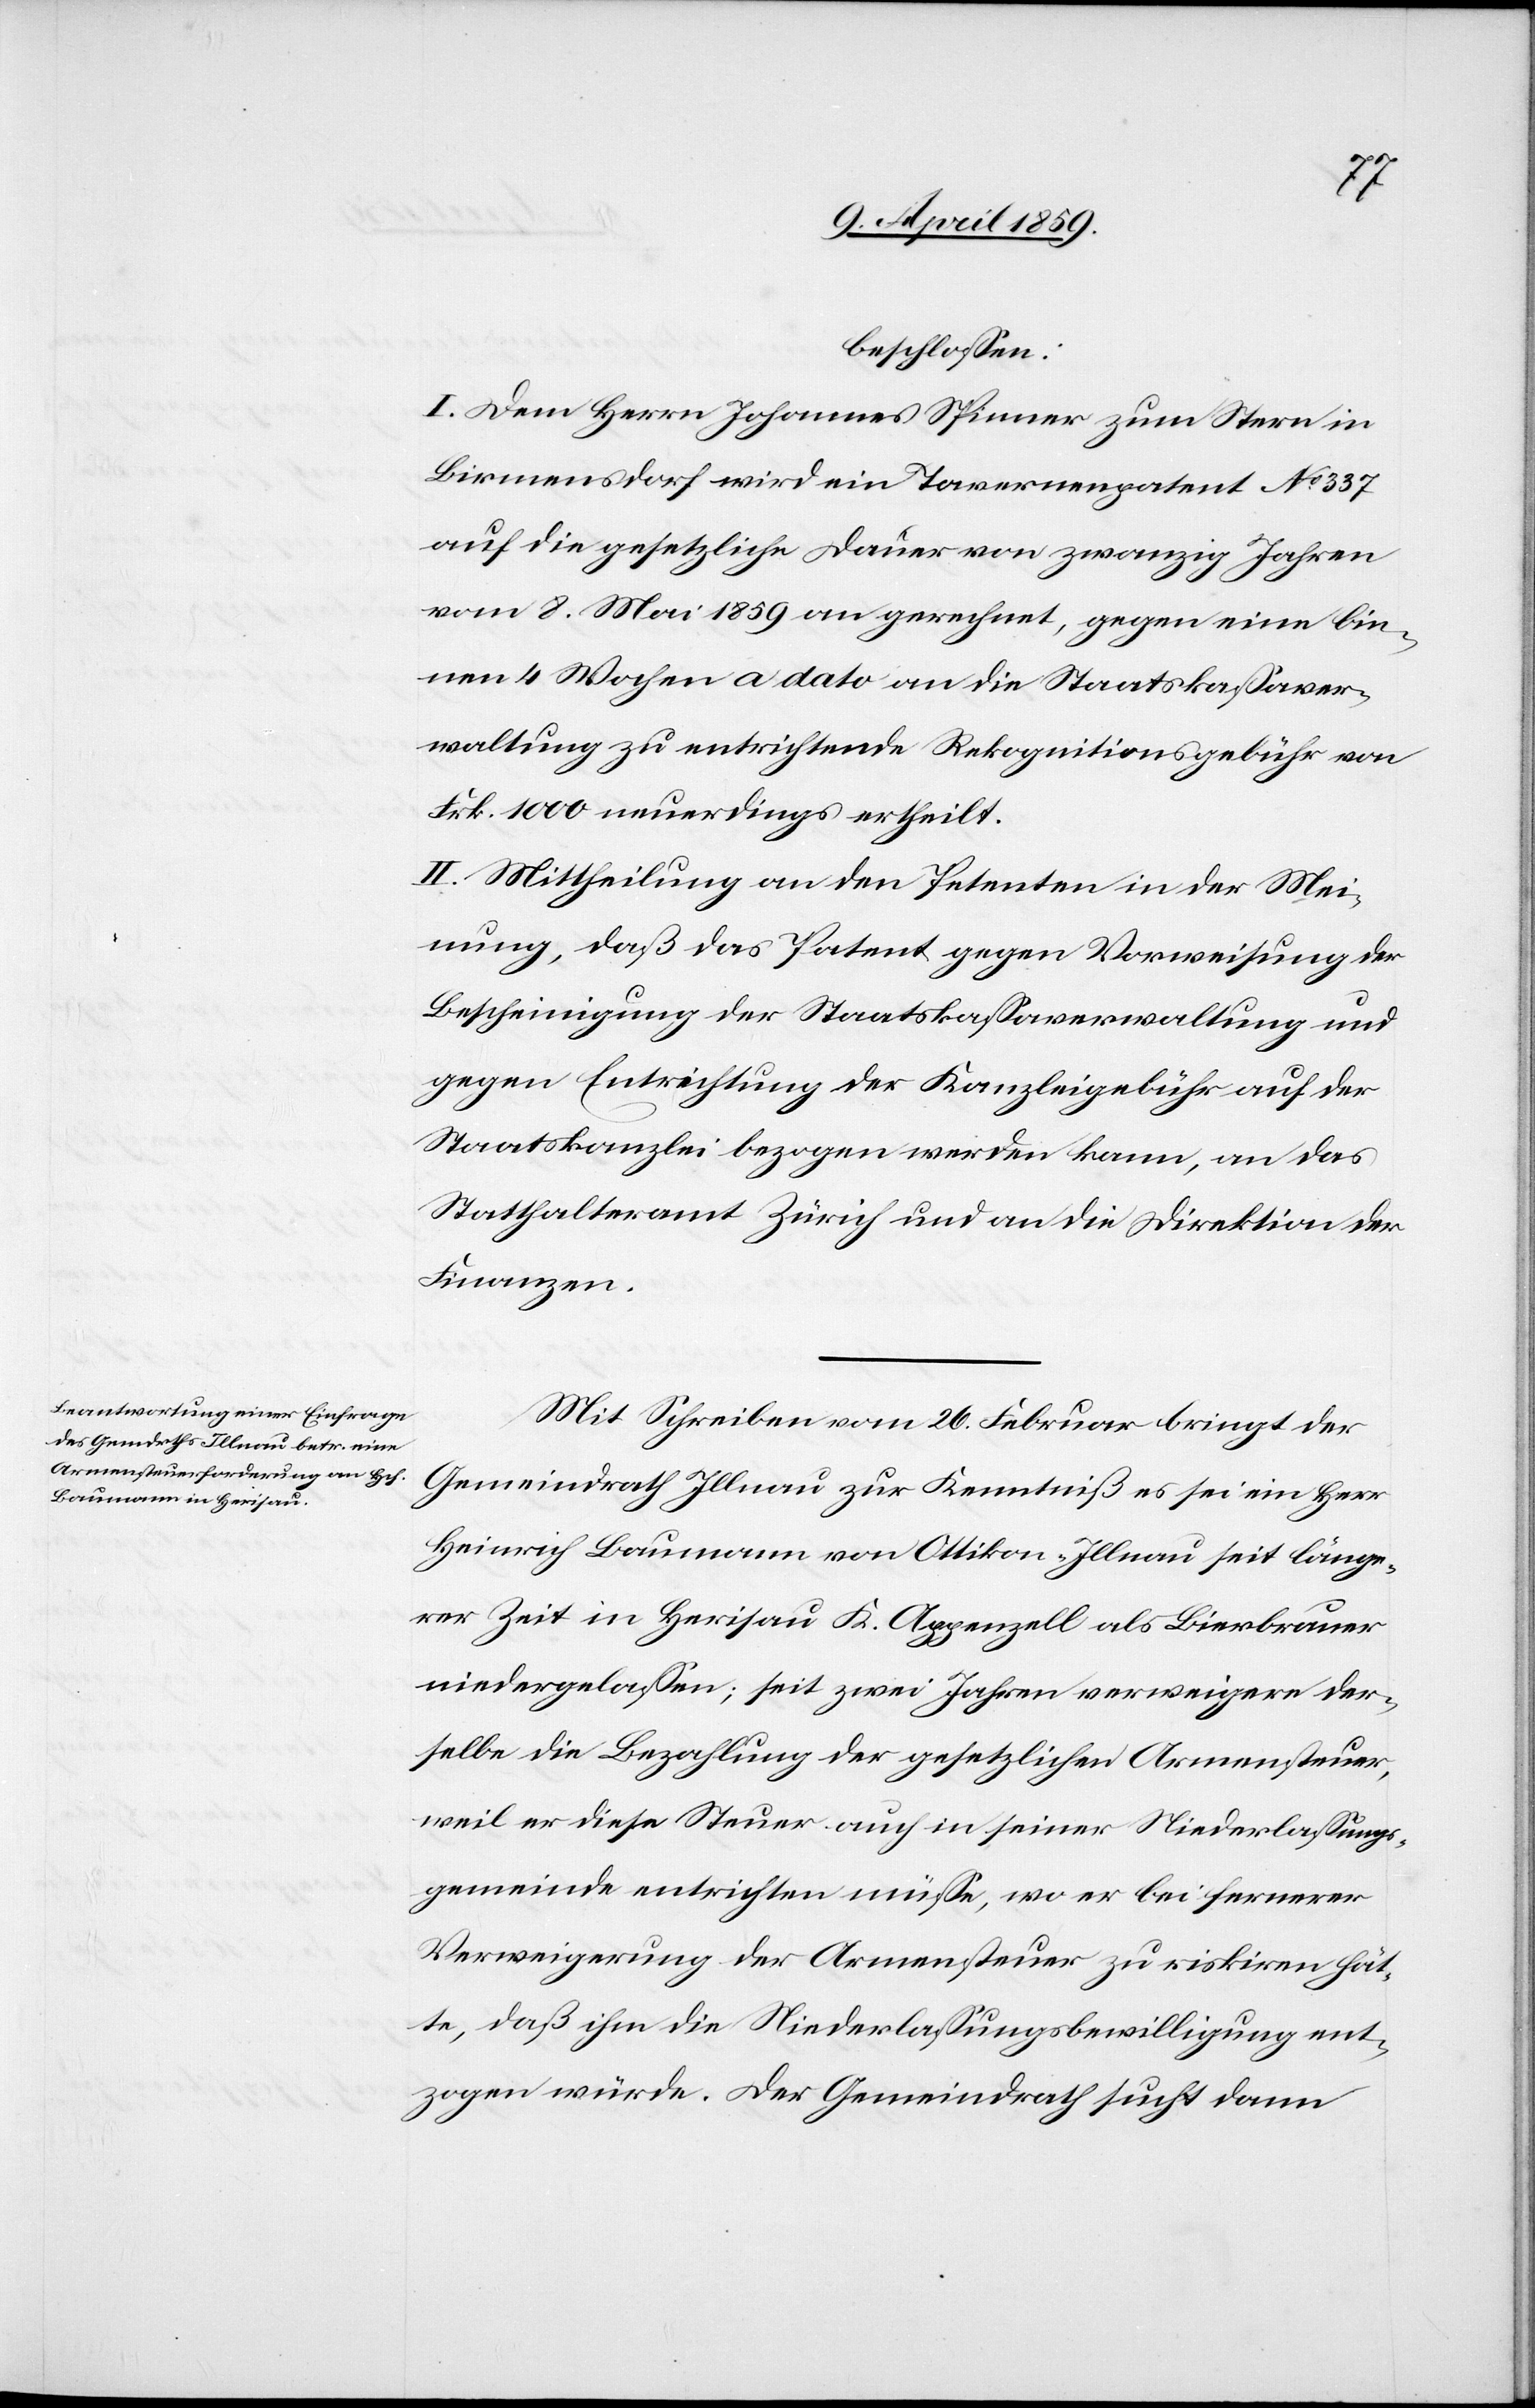
beschloßen:
I. Dem Herrn Johannes Spinner zum Stern in
Birmensdorf wird ein Tavernenpatent No 337
auf die gesetzliche Dauer von zwanzig Jahren
vom 8. Mai 1859 an gerechnet, gegen eine bin¬
nen 4 Wochen a dato an die Staatskaßaver¬
waltung zu entrichtende Rekognitionsgebühr von
Frk. 1000 neuerdings ertheilt.
II. Mittheilung an den Petenten in der Mei¬
nung, daß das Patent gegen Vorweisung der
Bescheinigung der Staatskaßaverwaltung und
gegen Entrichtung der Kanzleigebühr auf der
Staatskanzlei bezogen werden kann, an das
Statthalteramt Zürich und an die Direktion der
Finanzen.
Mit Schreiben vom 26. Februar bringt der
Gemeindrath Illnau zur Kenntniß es sei ein Herr
Heinrich Baumann von Ottikon-Illnau seit länge¬
rer Zeit in Herisau K. Appenzell als Bierbrauer
niedergelaßen; seit zwei Jahren verweigere der¬
selbe die Bezahlung der gesetzlichen Armensteuer,
weil er diese Steuer auch in seiner Niederlaßungs¬
gemeinde entrichten müße, wo er bei fernerer
Verweigerung der Armensteuer zu riskiren hät¬
te, daß ihm die Niederlaßungsbewilligung ent¬
zogen würde. Der Gemeindrath sucht dann